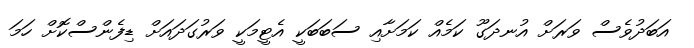
އަބަދުވެސް ވަރަށް އުނދަގޫ ކަމެއް ކަމަށާއި ސަބަބަކީ އެޓީމަކީ ވަރުގަދައަށް ޑިފެންސްކޮށް ހަމަ